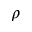
\rho